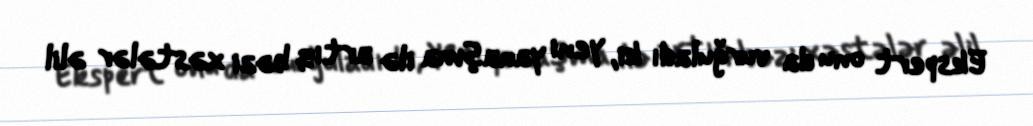
Ekspert onu da vurğuladı ki, yeni yanaşma ilə artıq bəzi xəstələr əlil